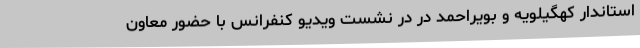
استاندار کهگیلویه و بویراحمد در در نشست ویدیو کنفرانس با حضور معاون